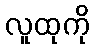
လူထုကို